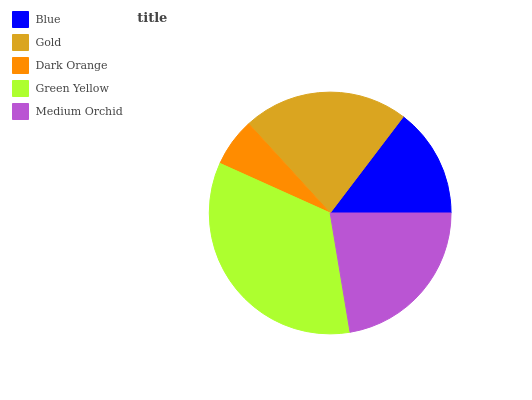
| Blue | Gold | Dark Orange | Green Yellow | Medium Orchid |
 | --- | --- | --- | --- | --- |
 | 14.6% | 22.1% | 6.49% | 34.3% | 22.4% |